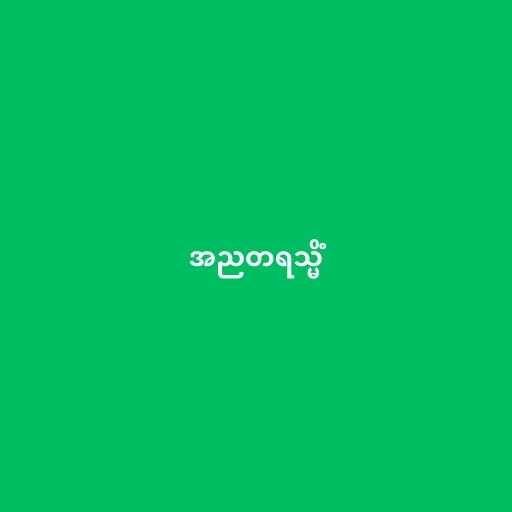
အညတရသ္မိံ